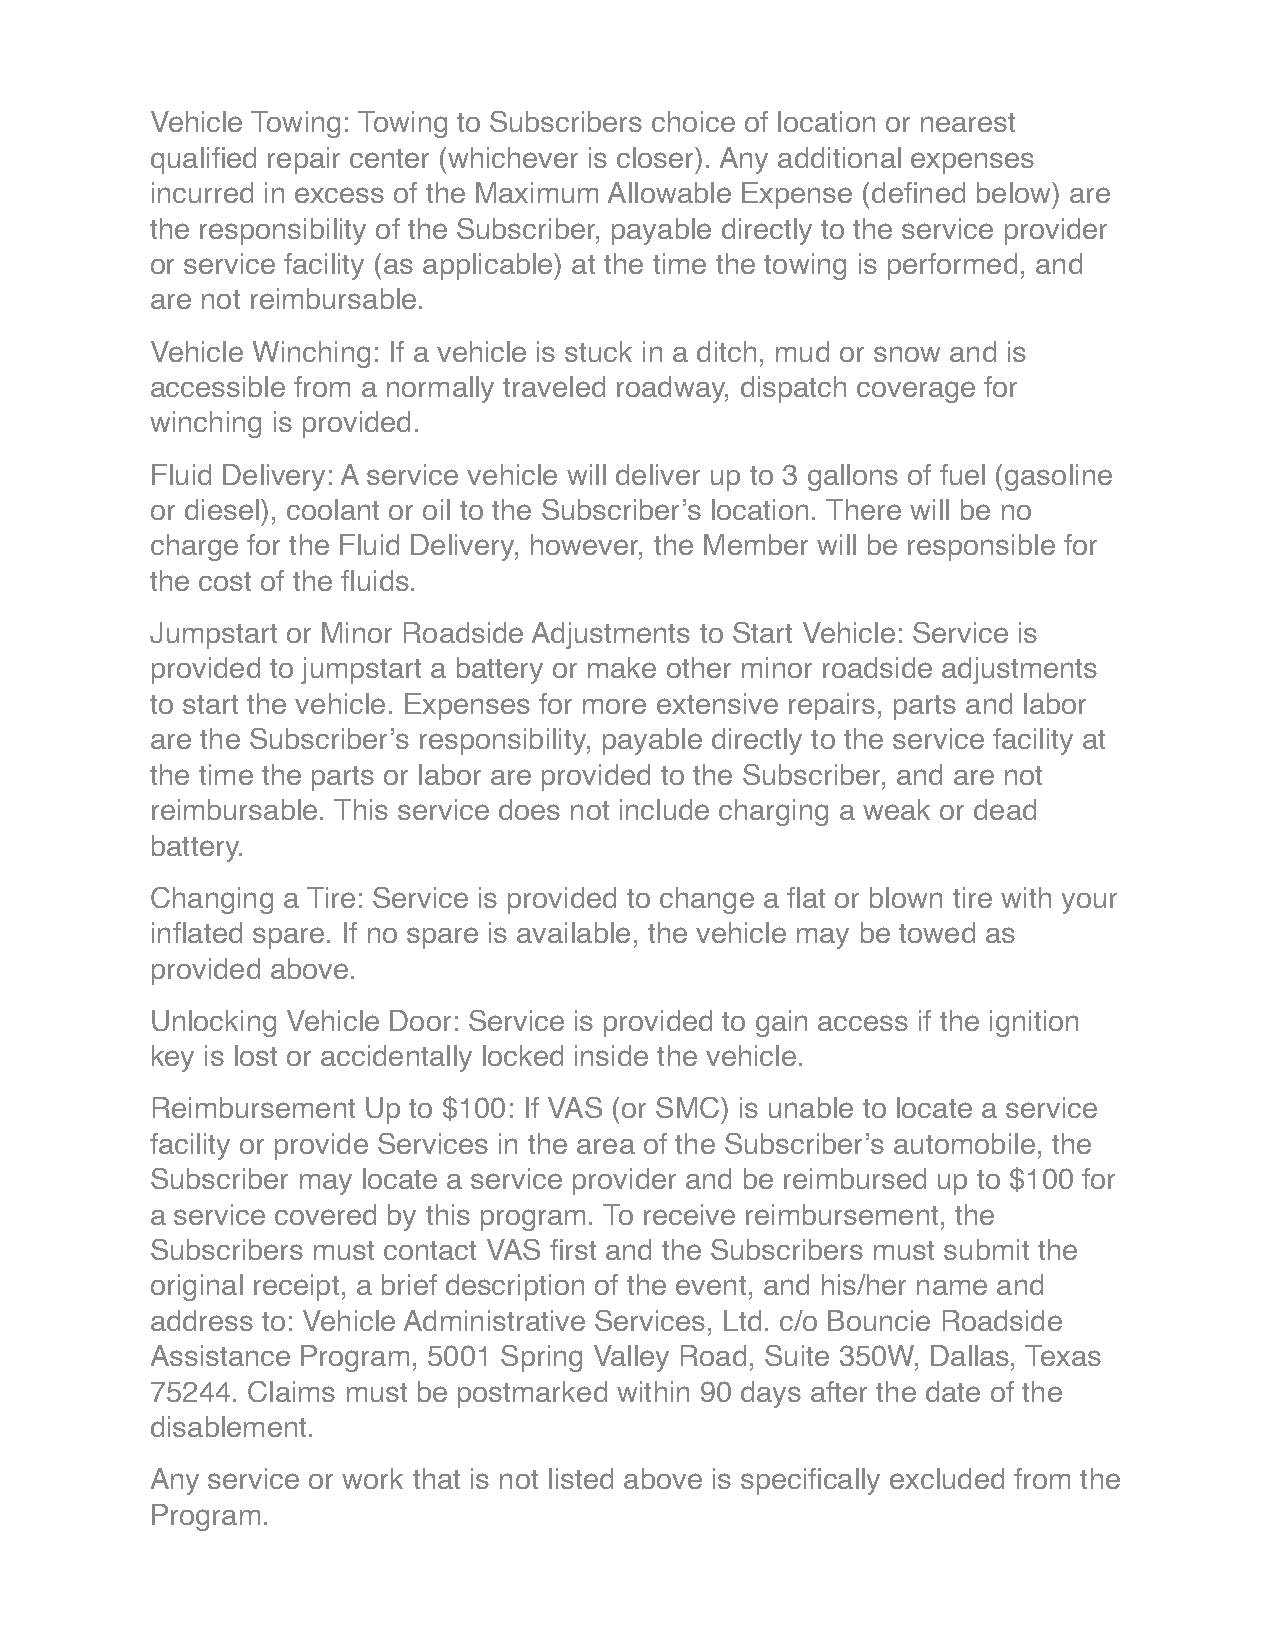
Vehicle Towing: Towing to Subscribers choice of location or nearest
 qualified repair center (whichever is closer). Any additional expenses
 incurred in excess of the Maximum Allowable Expense (defined below) are
 the responsibility of the Subscriber, payable directly to the service provider
 or service facility (as applicable) at the time the towing is performed, and
 are not reimbursable.
 Vehicle Winching: If a vehicle is stuck in a ditch, mud or snow and is
 accessible from a normally traveled roadway, dispatch coverage for
 winching is provided.
 Fluid Delivery: A service vehicle will deliver up to 3 gallons of fuel (gasoline
 or diesel), coolant or oil to the Subscriber’s location. There will be no
 charge for the Fluid Delivery, however, the Member will be responsible for
 the cost of the fluids.
 Jumpstart or Minor Roadside Adjustments to Start Vehicle: Service is
 provided to jumpstart a battery or make other minor roadside adjustments
 to start the vehicle. Expenses for more extensive repairs, parts and labor
 are the Subscriber’s responsibility, payable directly to the service facility at
 the time the parts or labor are provided to the Subscriber, and are not
 reimbursable. This service does not include charging a weak or dead
 battery.
 Changing a Tire: Service is provided to change a flat or blown tire with your
 inflated spare. If no spare is available, the vehicle may be towed as
 provided above.
 Unlocking Vehicle Door: Service is provided to gain access if the ignition
 key is lost or accidentally locked inside the vehicle.
 Reimbursement Up to $100: If VAS (or SMC) is unable to locate a service
 facility or provide Services in the area of the Subscriber’s automobile, the
 Subscriber may locate a service provider and be reimbursed up to $100 for
 a service covered by this program. To receive reimbursement, the
 Subscribers must contact VAS first and the Subscribers must submit the
 original receipt, a brief description of the event, and his/her name and
 address to: Vehicle Administrative Services, Ltd. c/o Bouncie Roadside
 Assistance Program, 5001 Spring Valley Road, Suite 350W, Dallas, Texas
 75244. Claims must be postmarked within 90 days after the date of the
 disablement.
 Any service or work that is not listed above is specifically excluded from the
 Program.